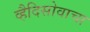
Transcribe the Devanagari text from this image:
व्हैदिसोवाचा